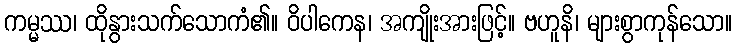
ကမ္မဿ၊ ထိုနွားသက်သောကံ၏။ ဝိပါကေန၊ အကျိုးအားဖြင့်။ ဗဟူနိ၊ များစွာကုန်သော။